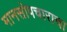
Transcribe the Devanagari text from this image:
मानसोपचाराचा